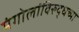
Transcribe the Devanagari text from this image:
मंगोलांविरुद्धच्या